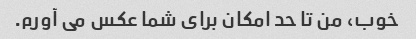
خوب، من تا حد امکان برای شما عکس می آورم.